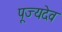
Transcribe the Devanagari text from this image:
पूज्यदेव